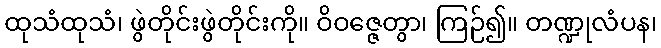
ထုသံထုသံ၊ ဖွဲတိုင်းဖွဲတိုင်းကို။ ဝိဝဇ္ဇေတွာ၊ ကြဉ်၍။ တဏ္ဍုလံပန၊